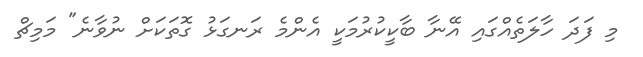
މި ފަދަ ހާލަތެއްގައި އޭނާ ބާކީކުރުމަކީ އެންމެ ރަނގަޅު ގޮތަކަށް ނުވާނެ" މަމިޗް